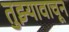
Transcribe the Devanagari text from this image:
तुझ्यावाचून